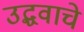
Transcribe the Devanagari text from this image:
उद्धवाचे